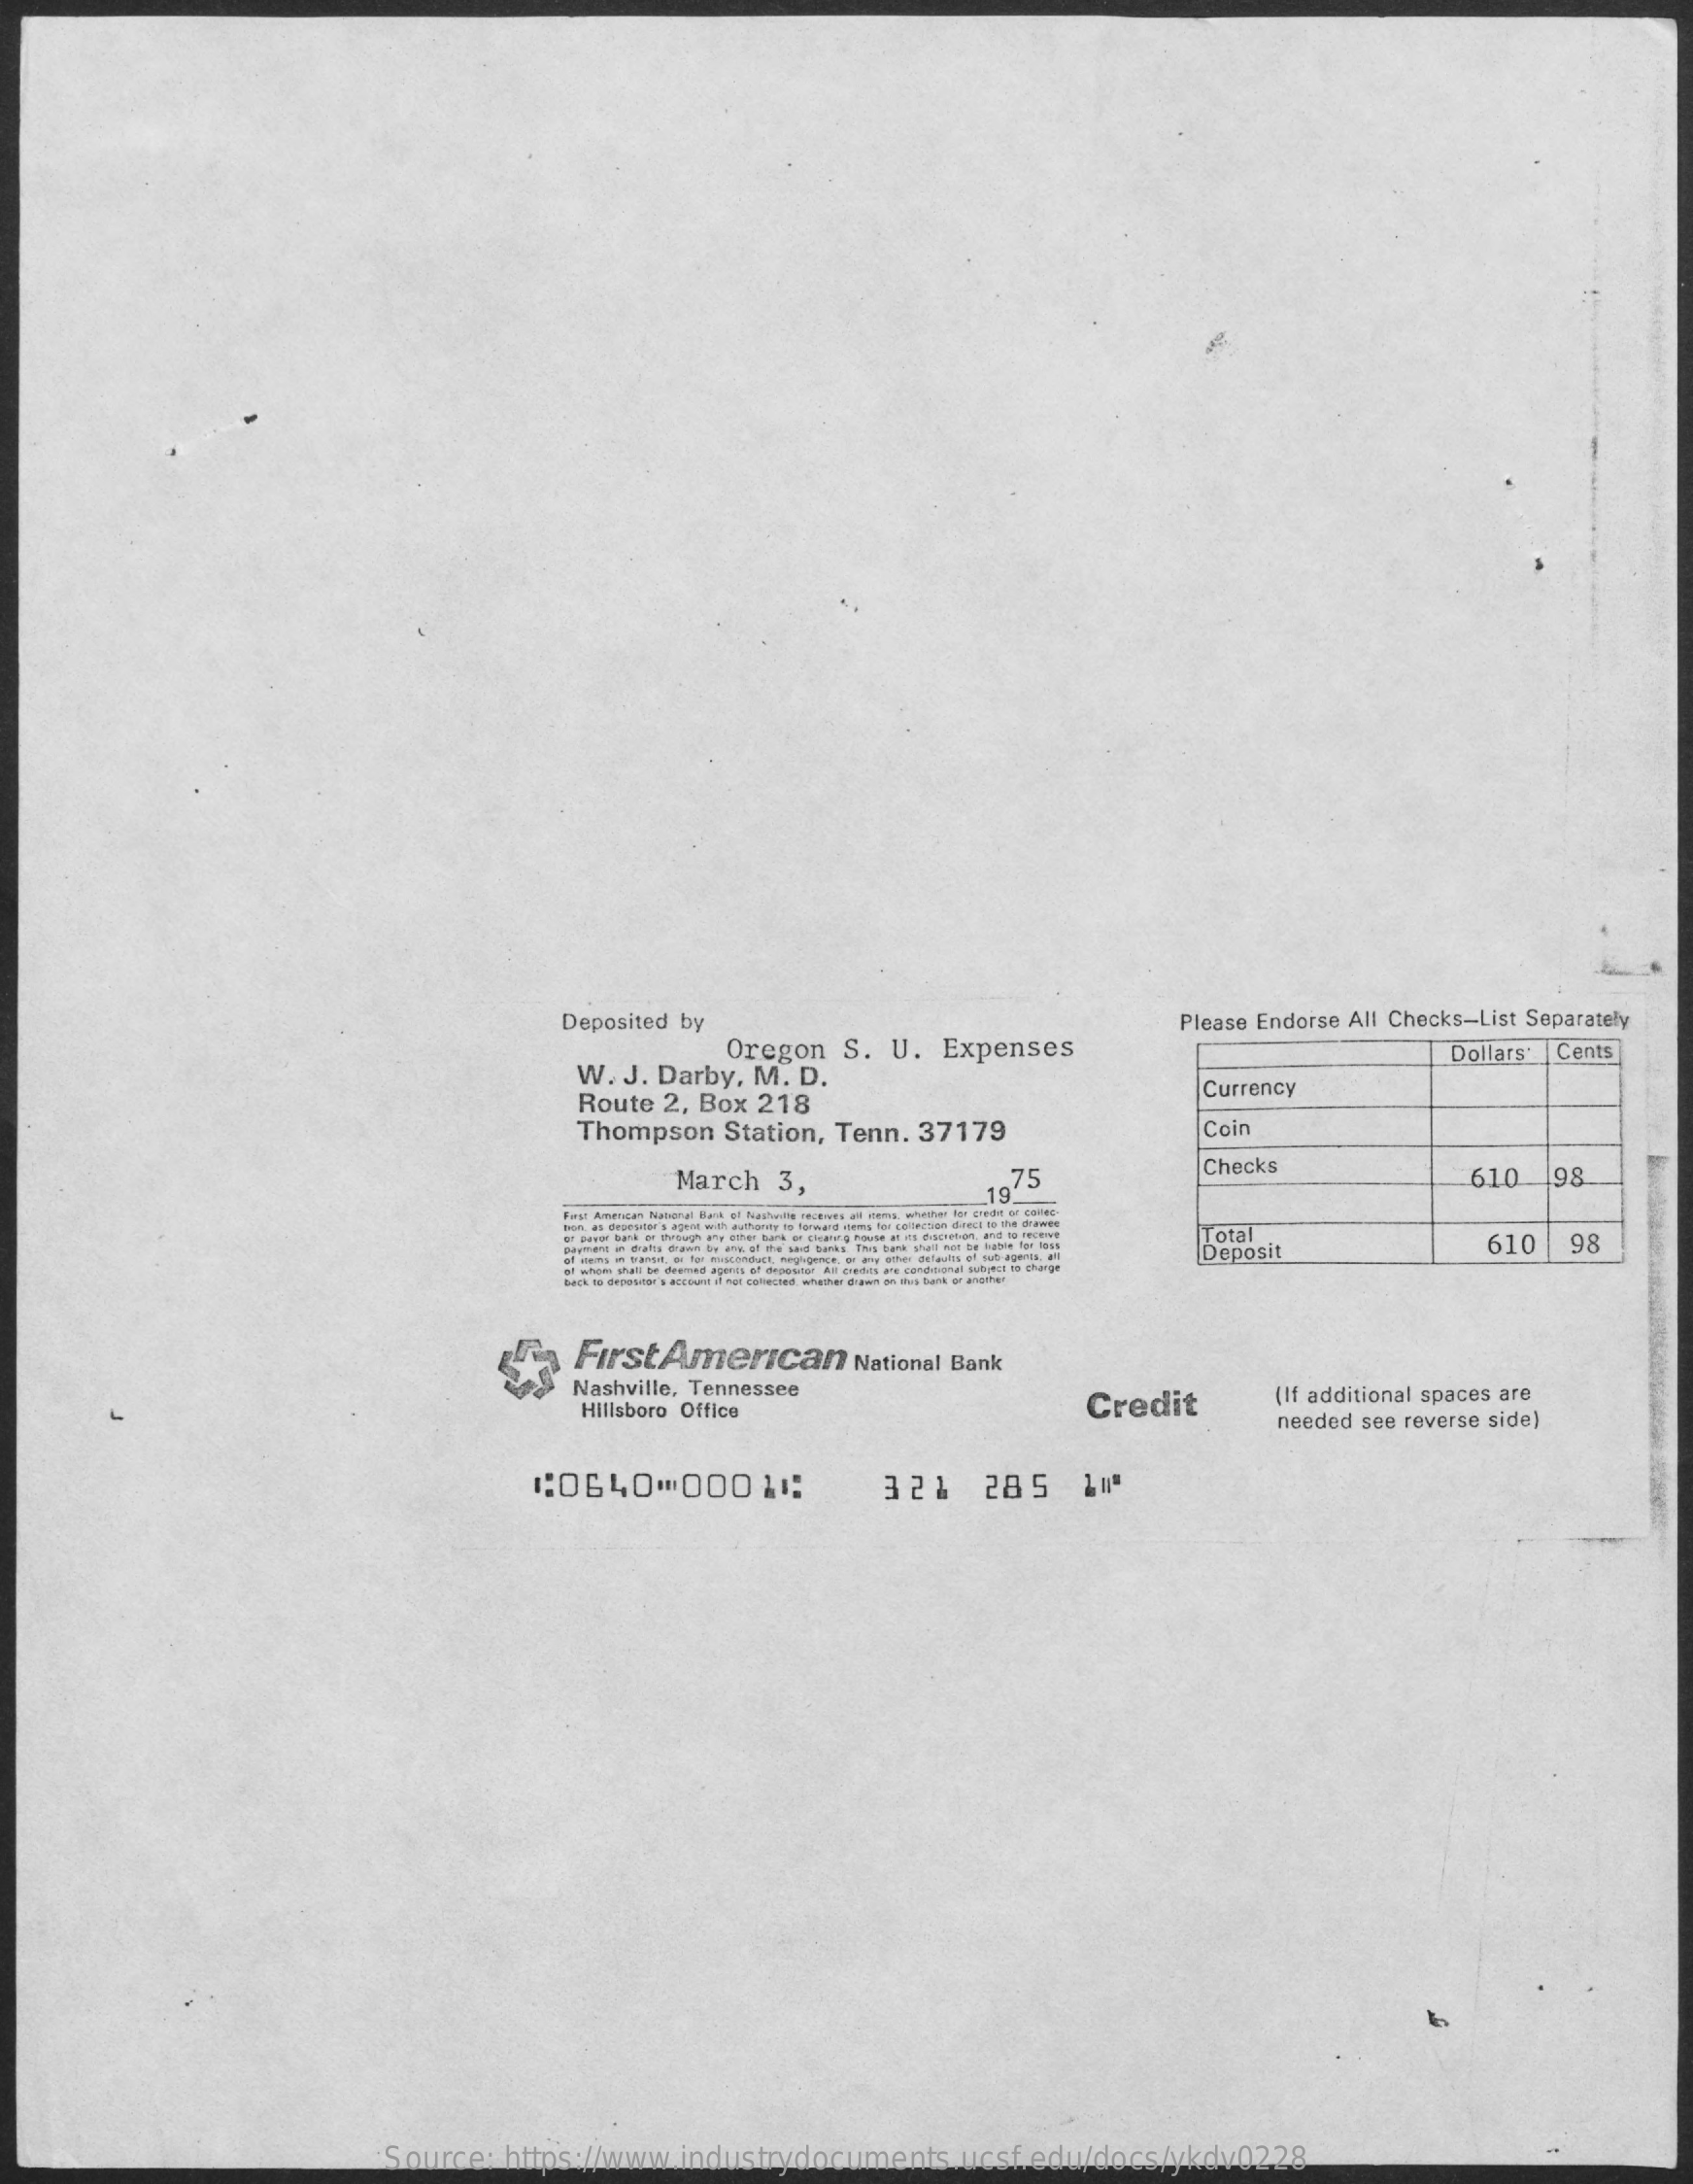
Deposited by
     Oregon S. U. Expenses
     Please Endorse All Checks-List Separately
     W. J. Darby, M. D.
     Dollars' |Cents
     Route 2, Box 218
     Currency
     Thompson Station, Tenn. 37179    Coin
     March 3,    75
     Checks    610  198
     19
     Total
     Deposit
     610  98
     FirstAmerican    National Bank
     Nashville, Tennessee
     Hillsboro Office    Credit    (If additional spaces are
     needed see reverse side)
     1:0640    000  11:    321   285   114
     Source: https://www.industrydocuments.ucsf.edu/docs/ykdv0228